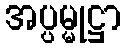
အပ္ပမ္မုဋ္ဌာ